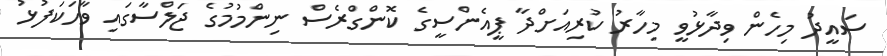
ސައީދު މިހެން ވިދާޅުވީ މިހާރު ކުރިއަށްދާ ޕީއެންސީގެ ކޮންގްރެސް ނިންމުމުގެ ޖަލްސާގައި ވާހަކަފުޅު